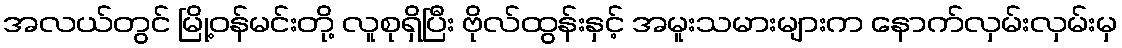
အလယ်တွင် မြို့ဝန်မင်းတို့ လူစုရှိပြီး ဗိုလ်ထွန်းနှင့် အမူးသမားများက နောက်လှမ်းလှမ်းမှ